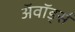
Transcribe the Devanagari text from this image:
अॅवॉर्ड्स